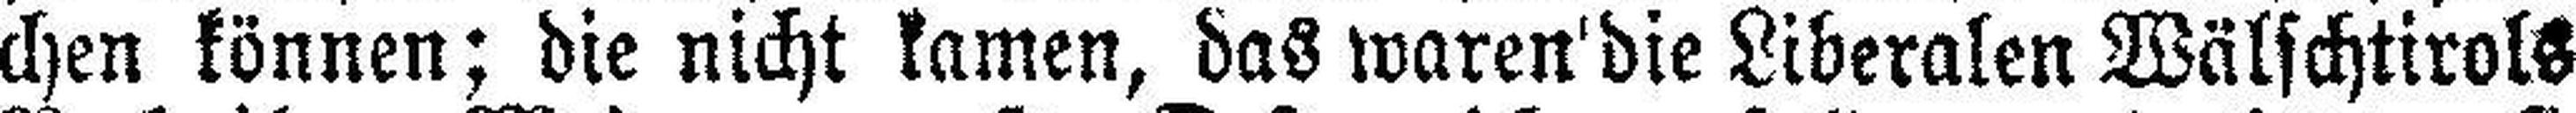
chen können; die nicht kamen, das waren die Liberalen Wälschtirols